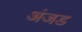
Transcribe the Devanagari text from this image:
अंजड